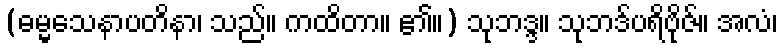
(ဓမ္မသေနာပတိနာ၊ သည်။ ကထိတာ။ ၏။) သုဘဒ္ဒ။ သုဘဒ်ပရိဗိုဇ်။ အလံ၊